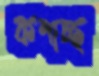
কশাচ্ছ